Lunatic asylums Bombay report 1878-1890 - 1878-1890
Year: 1878
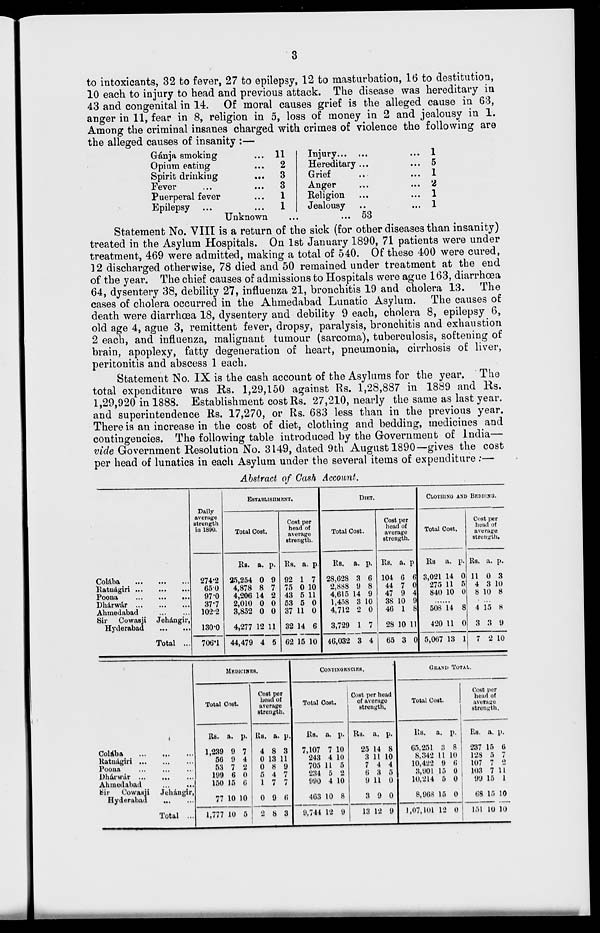
3
to intoxicants, 32 to fever, 27 to epilepsy, 12 to masturbation, 16 to destitution,
10 each to injury to head and previous attack. The disease was hereditary in
43 and congenital in 14. Of moral causes grief is the alleged cause in 63,
anger in 11, fear in 8, religion in 5, loss of money in 2 and jealousy in 1.
Among the criminal insanes charged with crimes of violence the following are
the alleged causes of insanity :—
Gánja smoking ...
Opium eating ...
Spirit drinking ...
Fever ... ...
Puerperal fever ...
Epilepsy ... ...
11
2
3
3
1
1
Injury ... ... ...
Hereditary ... ...
Grief ... ...
Anger ... ...
Religion ... ...
Jealousy ... ...
1
5
1
2
1
1
Unknown
...
... 53
Statement No. VIII is a return of the sick (for other diseases than insanity)
treated in the Asylum Hospitals. On 1st January 1890, 71 patients were under
treatment, 469 were admitted, making a total of 540. Of these 400 were cured,
12 discharged otherwise, 78 died and 50 remained under treatment at the end
of the year. The chief causes of admissions to Hospitals were ague 163, diarrhœa
64, dysentery 38, debility 27, influenza 21, bronchitis 19 and cholera 13. The
cases of cholera occurred in the Ahmedabad Lunatic Asylum. The causes of
death were diarrhoea 18, dysentery and debility 9 each, cholera 8, epilepsy 6,
old age 4, ague 3, remittent fever, dropsy, paralysis, bronchitis and exhaustion
2 each, and influenza, malignant tumour (sarcoma), tuberculosis, softening of
brain, apoplexy, fatty degeneration of heart, pneumonia, cirrhosis of liver,
peritonitis and abscess 1 each.
Statement No. IX is the cash account of the Asylums for the year. The
total expenditure was Rs. 1,29,150 against Rs. 1,28,887 in 1889 and Rs.
1,29,920 in 1888. Establishment cost Rs. 27,210, nearly the same as last year.
and superintendence Rs. 17,270, or Rs. 683 less than in the previous year.
There is an increase in the cost of diet, clothing and bedding, medicines and
contingencies. The following table introduced by the Government of India—
vide Government Resolution No. 3149, dated 9th August 1890—gives the cost
per head of lunatics in each Asylum under the several items of expenditure:—
Abstract of Cash Account.
Colába ... ... ...
Ratnágiri ... ... ...
Poona ... ... ...
Dhárwár ... ... ...
Ahmedabad ... ... ...
Sir Cowasji Jehángir,
Hyderabad ... ...
Total ...
Daily
average
strength
in 1890.
274.2
650
97.0
37.7
102.2
130.0
706.1
ESTABLISHMENT.
Total Cost.
Rs.
25,254
4,878
4,206
2,010
3,852
4,277
44,479
a.
0
8
14
0
0
12
4
p.
9
7
2
0
0
11
5
Cost per
head of
average
strength.
Rs.
92
75
43
53
37
32
62
a.
1
0
5
5
11
14
15
p.
7
10
11
0
0
6
10
DIET.
Total Cost.
Rs.
28,628
2,888
4,615
1,458
4,712
3,729
46,032
a.
3
9
14
3
2
1
3
p.
6
8
9
10
0
7
4
Cost per
head of
average
strength.
Rs.
104
44
47
38
46
28
65
a.
6
7
9
10
1
10
3
p.
6
0
4
9
8
11
0
CLOTHING AND BUDDING.
Total Cost.
Rs.
3,021
275
840
a.
14
11
10
p.
0
5
0
......
508
420
5,067
14
11
13
8
0
1
Cost per
head of
average
strength.
Rs.
11
4
8
a.
0
3
10
p.
3
10
8
......
4
3
7
15
3
2
8
9
10
Colába ... ... ...
Ratnágiri ... ... ...
Poona ... ... ...
Dhárwár ... ... ...
Ahmedabad ... ...
Sir
Cowasji
Jehángir,
Hyderabad ... ...
Total ...
MEDICINES.
Total Cost.
Rs.
1,239
56
53
199
150
77
1,777
a.
9
9
7
6
15
10
10
p.
7
4
2
0
6
10
5
Cost per
head of
average
strength.
Rs.
4
0
0
5
1
0
2
a.
8
13
8
4
7
9
8
p.
3
11
9
7
7
6
3
CONTINGENCIES.
Total Cost.
Rs.
7,107
243
705
234
990
463
9,744
a.
7
4
11
5
4
10
12
p.
10
10
5
2
10
8
9
Cost per head
of average
strength.
Rs.
25
3
7
6
9
3
13
a.
14
11
4
3
11
9
12
p.
8
10
4
5
0
0
9
GRAND TOTAL.
Total Cost.
Rs.
65,251
8,342
10,422
3,901
10,214
8,968
1,07,101
a.
3
11
9
15
5
15
12
p.
8
10
6
0
0
0
0
Cost per
head of
average
strength.
Rs.
237
128
107
103
99
68
151
a.
15
5
7
7
15
15
10
p.
6
7
2
11
1
10
10